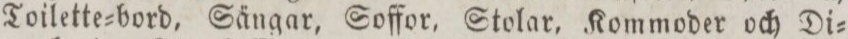
Toilette=bord, Sängar, Soffor, Stolar, Kommoder och Di=